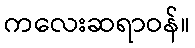
ကလေးဆရာဝန်။